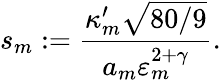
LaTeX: s_{m}:=\frac{\kappa_{m}^{\prime}\sqrt{80/9}}{a_{m}\varepsilon_{m}^{2+\gamma}}.